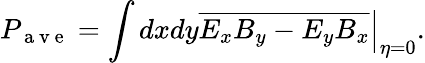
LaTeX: P_{\mathrm{~a~v~e~}}=\int dxdy\left.\overline{{E_{x}B_{y}-E_{y}B_{x}}}\right|_{\eta=0}.